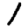
Digit: 1